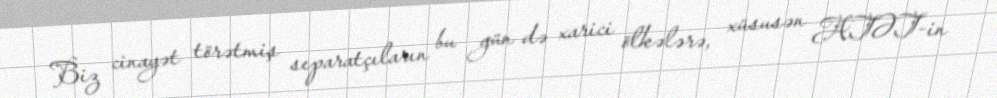
Biz cinayət törətmiş separatçıların bu gün də xarici ölkələrə, xüsusən ATƏT-in